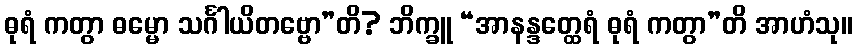
ဓုရံ ကတွာ ဓမ္မော သင်္ဂါယိတဗ္ဗော”တိ? ဘိက္ခူ “အာနန္ဒတ္ထေရံ ဓုရံ ကတွာ”တိ အာဟံသု။